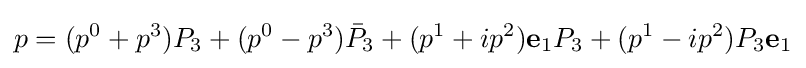
p=(p^{0}+p^{3})P_{3}+(p^{0}-p^{3}){\bar {P}}_{3}+(p^{1}+ip^{2})\mathbf {e} _{1}P_{3}+(p^{1}-ip^{2})P_{3}\mathbf {e} _{1}